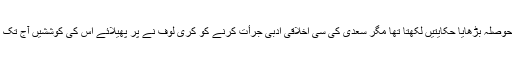
دربار نشین دیمترئیف بھی جس نے کری لوف کا حوصلہ بڑھایا حکایتیں لکھتا تھا مگر سعدی کی سی اخلاقی ادبی جرأت کرنے کو کری لوف نے پر پھیلائے اس کی کوششیں آج تک روسی ادب کے لئے قابل تقلید پرواز کی مثال ہیں۔